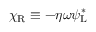
\chi _ { \mathrm { { R } } } \equiv - \eta \omega \psi _ { \mathrm { { L } } } ^ { * }